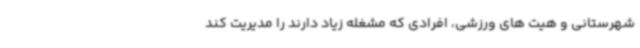
شهرستانی و هیت های ورزشی، افرادی که مشغله زیاد دارند را مدیریت کند